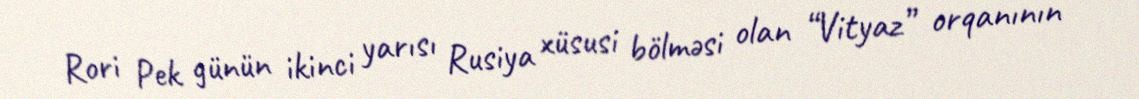
Rori Pek günün ikinci yarısı Rusiya xüsusi bölməsi olan “Vityaz” orqanının